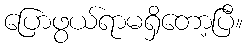
ပြောဖွယ်ရာမရှိတော့ပြီ။